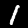
Digit: 1